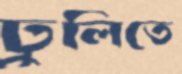
ঢুলিতে